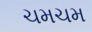
ચમચમ